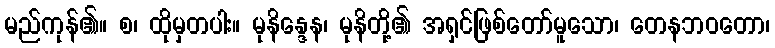
မည်ကုန်၏။ စ၊ ထိုမှတပါး။ မုနိန္ဒေန၊ မုနိတို့၏ အရှင်ဖြစ်တော်မူသော၊ တေနဘဝတော၊